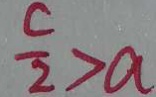
\frac { c } { 2 } > a